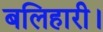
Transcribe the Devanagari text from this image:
बलिहारी।